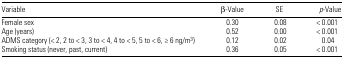
<table><thead><tr><td><b>Variable</b></td><td><b>β-Value</b></td><td><b>SE</b></td><td><b><i>p</i>-Value</b></td></tr></thead><tbody><tr><td>Female sex</td><td>0.30</td><td>0.08</td><td>&lt; 0.001</td></tr><tr><td>Age (years)</td><td>0.52</td><td>0.00</td><td>&lt; 0.001</td></tr><tr><td>ADMS category (&lt; 2, 2 to &lt; 3, 3 to &lt; 4, 4 to &lt; 5, 5 to &lt; 6, ≥6 ng/m<sup>3</sup> )</td><td>0.12</td><td>0.02</td><td>0.04</td></tr><tr><td>Smoking status (never, past, current)</td><td>0.36</td><td>0.05</td><td>&lt; 0.001</td></tr></tbody></table>